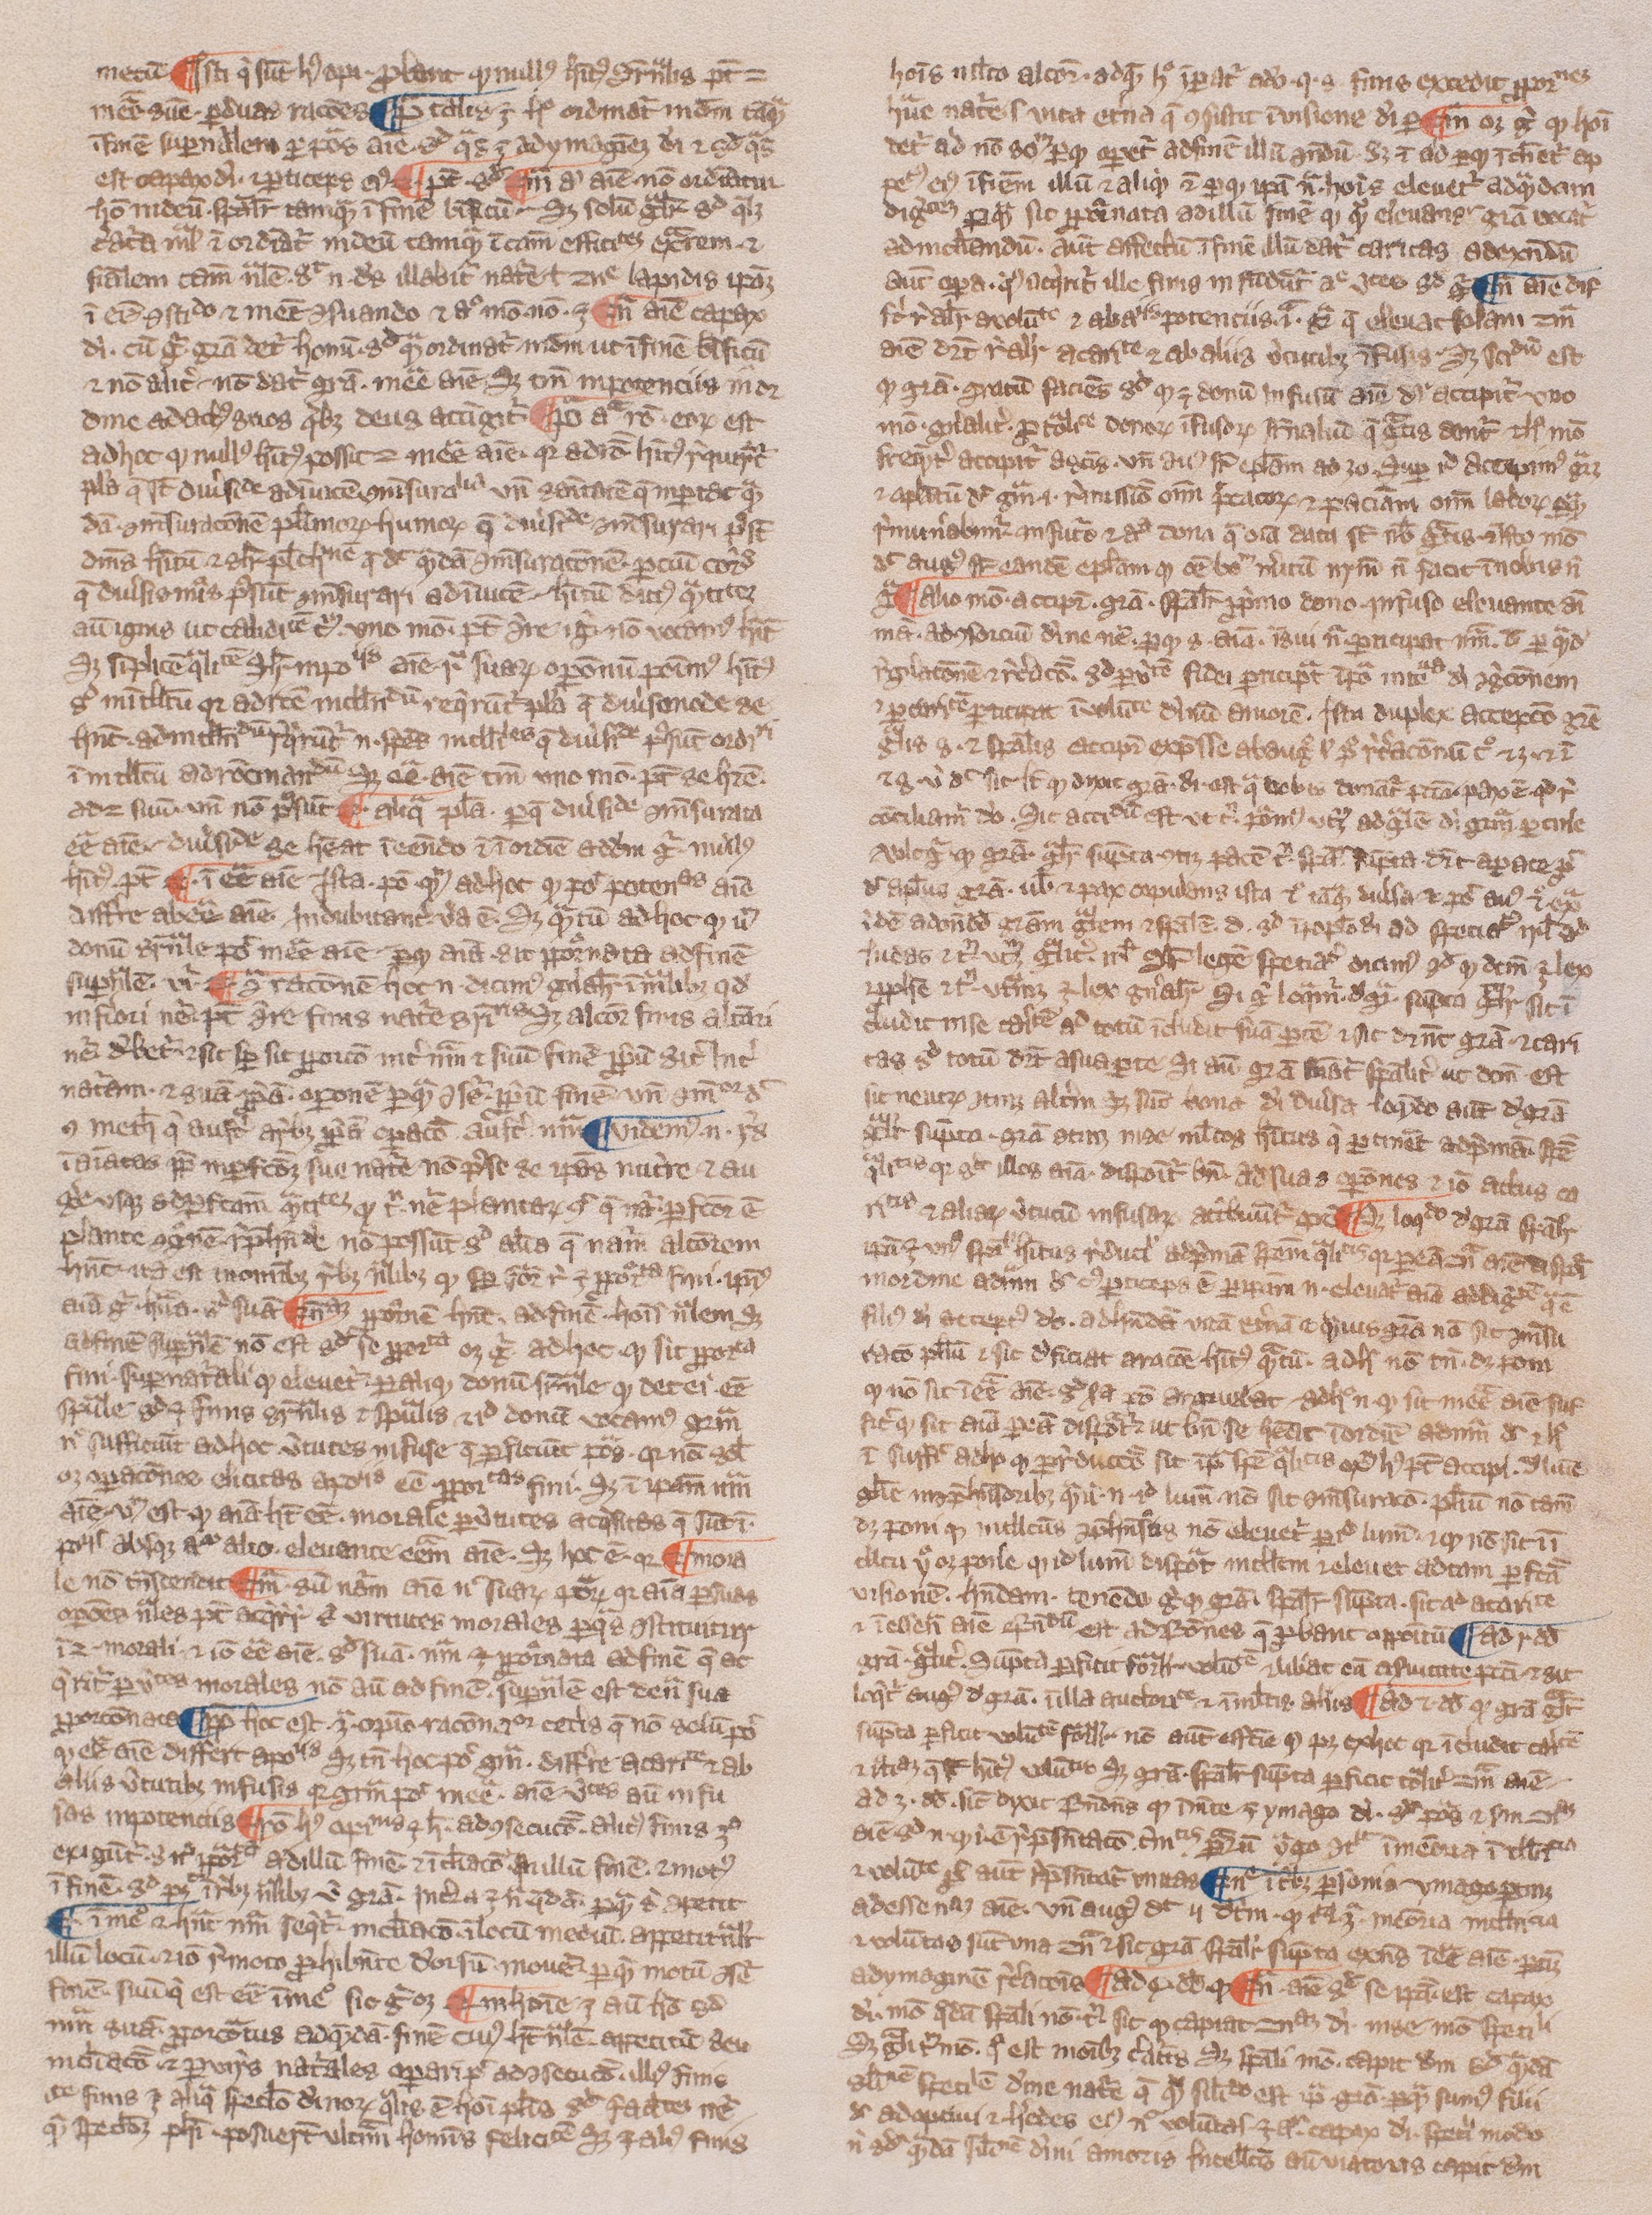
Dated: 1300–1399